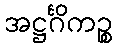
အဋ္ဌင်္ဂိကဉ္စ